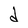
Character: d